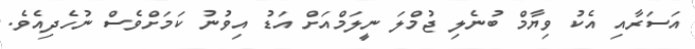
އަސަރާއި އެކު ވިޔާމް ބުނެލި ޖުމްލަ ނީލަމްއަށް އަޑު އިވުނު ކަމަށްވެސް ނުހެދިއެވެ.